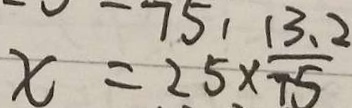
x = 2 5 \times \frac { 1 3 . 2 } { 7 5 }